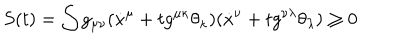
S ( t ) = \int g _ { \mu \nu } ( \dot { x } ^ { \mu } + t g ^ { \mu \kappa } \theta _ { \kappa } ) ( \dot { x } ^ { \nu } + t g ^ { \nu \lambda } \theta _ { \lambda } ) \geq 0